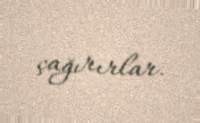
çağırırlar.